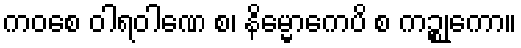
ကဝစေ ဝါရဝါဏေ စ၊ နိမ္မောကေပိ စ ကဉ္စုကော။